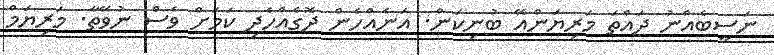
ނަސީބެއްނު ދައްތަ މަރިޔަންއޭ ބުނިކަން. އަނެއްހެން ދޮގެއްހެދި ކަމަށް ވެސް ނުވޭތާ. މަރިޔަމް